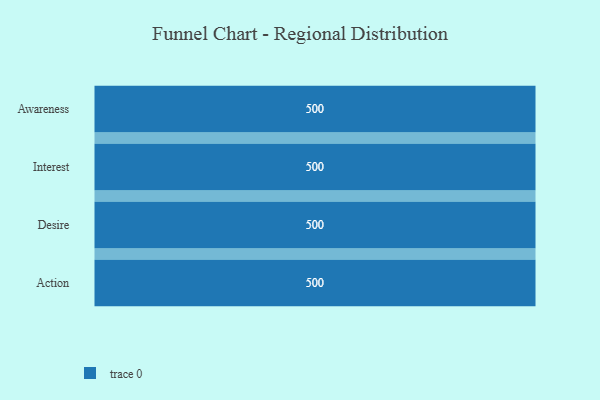
{"axis": {"x": "Stage", "y": "Value"}, "legend": [""], "data": [{"x": "Awareness", "y": 500, "type": ""}, {"x": "Interest", "y": 500, "type": ""}, {"x": "Desire", "y": 500, "type": ""}, {"x": "Action", "y": 500, "type": ""}]}